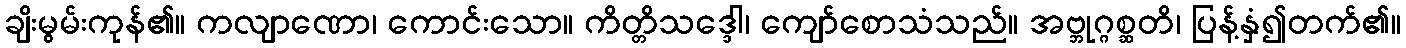
ချိးမွမ်းကုန်၏။ ကလျာဏော၊ ကောင်းသော။ ကိတ္တိသဒ္ဒေါ၊ ကျော်စောသံသည်။ အဗ္ဘုဂ္ဂစ္ဆတိ၊ ပြန့်နှံ၍တက်၏။